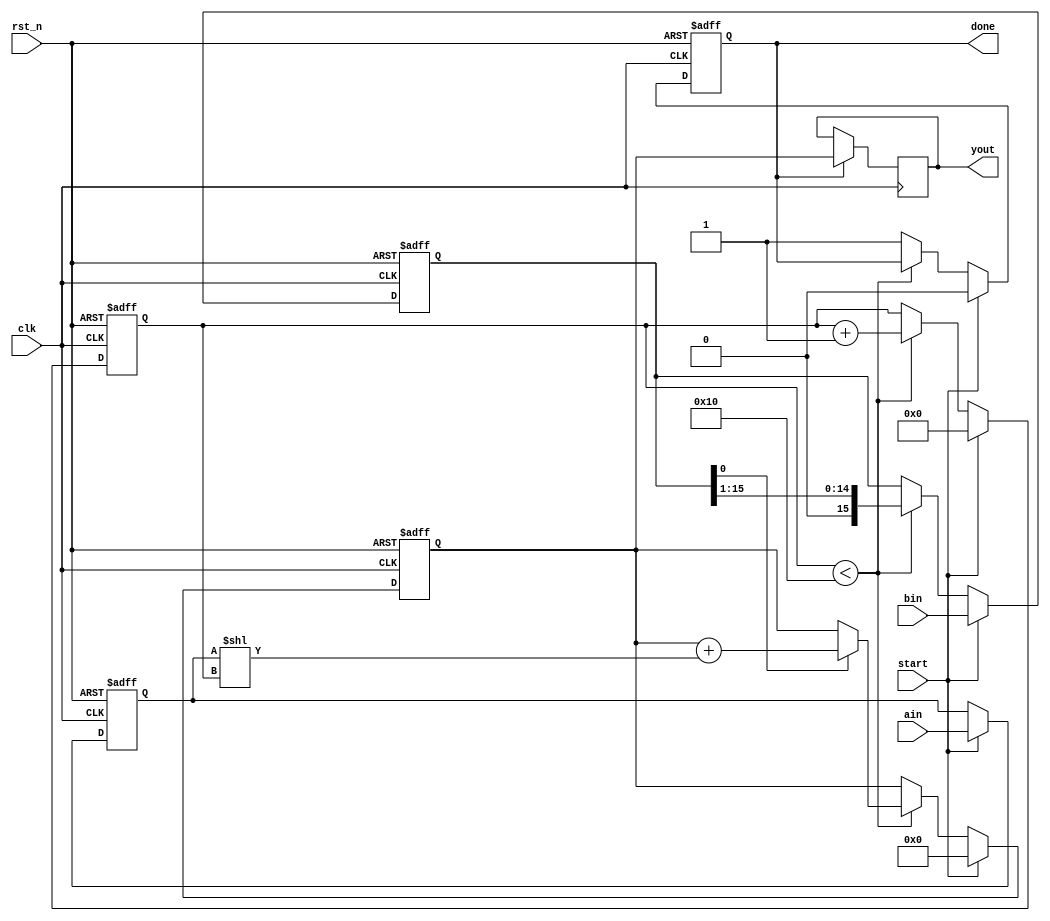
module multi_16bit(
    input clk,      
    input rst_n,      
    input start,      
    input [15:0] ain, 
    input [15:0] bin,
    output reg [31:0] yout,
    output reg done
);

// Internal signals
reg [15:0] multiplicand;
reg [15:0] multiplier;
reg [31:0] product;
reg [4:0] count; // 5-bit counter for 16 cycles

// Shift add multiplier process
always @(posedge clk or negedge rst_n) begin
    if (!rst_n) begin
        multiplicand <= 16'b0;
        multiplier <= 16'b0;
        product <= 32'b0;
        count <= 5'b0;
        done <= 1'b0;
    end else if (start) begin
        multiplicand <= ain;
        multiplier <= bin;
        product <= 32'b0;
        count <= 5'b0;
        done <= 1'b0;
    end else if (count < 16) begin
        if (multiplier[0]) // If LSB of multiplier is 1
            product <= product + (multiplicand << count);
        multiplier <= multiplier >> 1; // Shift right multiplier
        count <= count + 1;
    end else begin
        done <= 1'b1; // Assert done when count reaches 16
    end
end

// Output assignment
always @(posedge clk) begin
    if (done)
        yout <= product;
end

endmodule